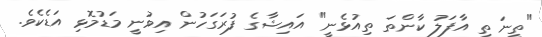
"ތީނަ ތި އާފަލު ކާންތަަ ތިއުޅެނީ" އައިޝާގެ ފުރަގަހުން އިވުނީ މަޑުމޮޅި އަޑެކެވެ.